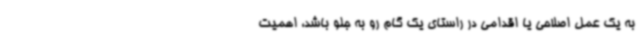
به یک عمل اصلاحی یا اقدامی در راستای یک گام رو به جلو باشد، اهمیت